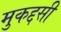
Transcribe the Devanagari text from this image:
मुकद्दसी